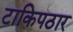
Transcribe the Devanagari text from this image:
टाकिपठार